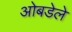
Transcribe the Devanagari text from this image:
ओबडेले